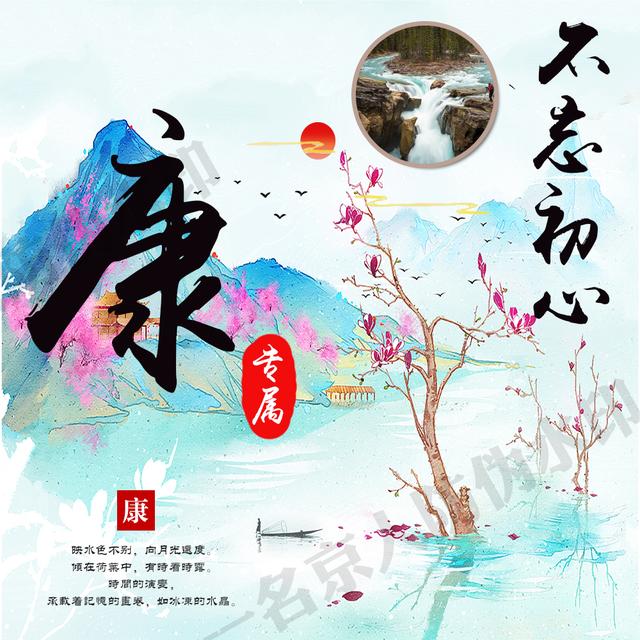
君者，舟也庶人者，水也。水则载舟，水则覆舟。